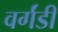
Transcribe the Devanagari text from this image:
वर्गंडी